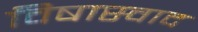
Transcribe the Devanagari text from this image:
विषास्वाद